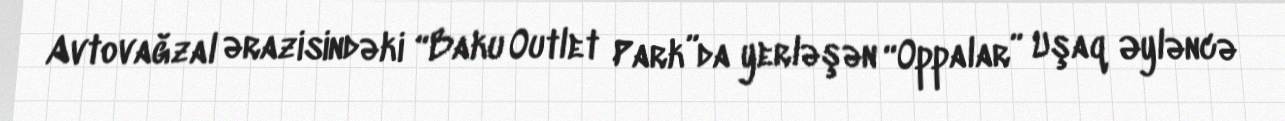
Avtovağzal ərazisindəki “Baku Outlet Park”da yerləşən “Oppalar” Uşaq Əyləncə